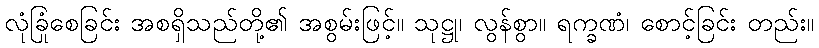
လုံခြုံစေခြင်း အစရှိသည်တို့၏ အစွမ်းဖြင့်။ သုဋ္ဌု၊ လွန်စွာ။ ရက္ခဏံ၊ စောင့်ခြင်း တည်း။